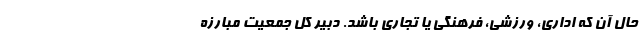
حال آن که اداری، ورزشی، فرهنگی یا تجاری باشد. دبیر کل جمعیت مبارزه